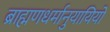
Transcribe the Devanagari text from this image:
ब्राह्मणधर्मानुयायियों